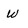
Character: w